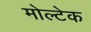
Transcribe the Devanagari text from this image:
मोल्टेक